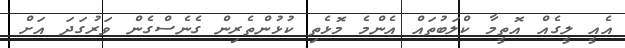
އެއީ ލީގެއް އޮތީމާ ކްލަބުތައް އެންމެ މޮޅެތި ކުޅުންތެރިން ގެނެސްގެން ވަރުގަދަ އަށް